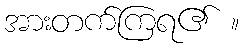
အားတက်ကြရ၏ ။